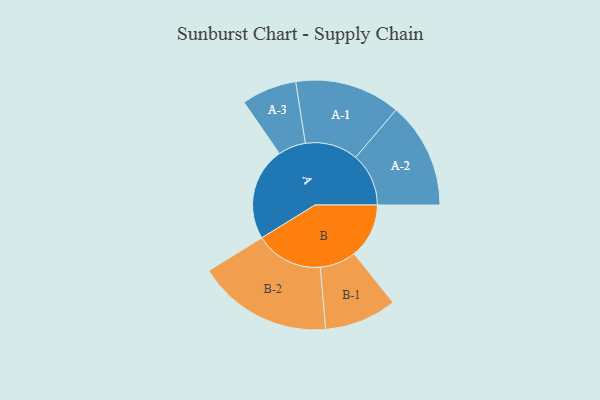
{"axis": {"x": "Segment", "y": "Value"}, "legend": ["", "A", "B"], "data": [{"x": "A", "y": 402, "type": ""}, {"x": "B", "y": 237, "type": ""}, {"x": "A-1", "y": 228, "type": "A"}, {"x": "A-2", "y": 229, "type": "A"}, {"x": "A-3", "y": 119, "type": "A"}, {"x": "B-1", "y": 156, "type": "B"}, {"x": "B-2", "y": 292, "type": "B"}]}